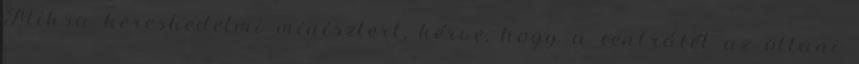
Miksa kereskedelmi minisztert, kérve, hogy a centrálét az ottani